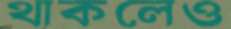
থাকলেও